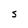
Character: S